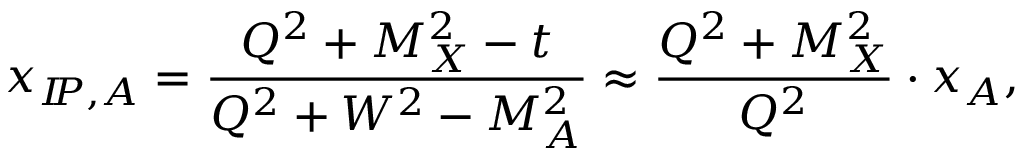
x _ { I \! \! P , A } = \frac { Q ^ { 2 } + M _ { X } ^ { 2 } - t } { Q ^ { 2 } + W ^ { 2 } - M _ { A } ^ { 2 } } \approx \frac { Q ^ { 2 } + M _ { X } ^ { 2 } } { Q ^ { 2 } } \cdot x _ { A } ,